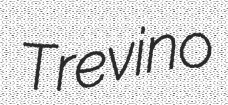
Trevino